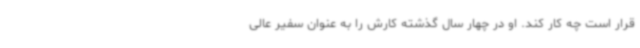
قرار است چه کار کند. او در چهار سال گذشته کارش را به عنوان سفیر عالی